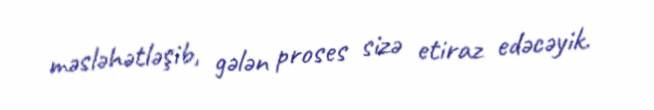
məsləhətləşib, gələn proses sizə etiraz edəcəyik.